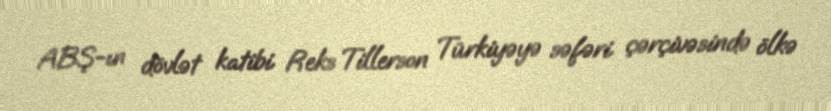
ABŞ-ın dövlət katibi Reks Tillerson Türkiyəyə səfəri çərçivəsində ölkə